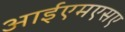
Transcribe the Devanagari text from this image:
आईएमएसए